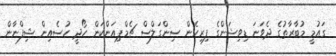
ގައުމީ މުބާރާތުގެ ދެވަނަ ޑިވިޝަންގެ ފިރިހެން ސިންގަލްސް ޗެމްޕިއަންކަން ހޯދީ ހުސެއިން ޝިފްނާން